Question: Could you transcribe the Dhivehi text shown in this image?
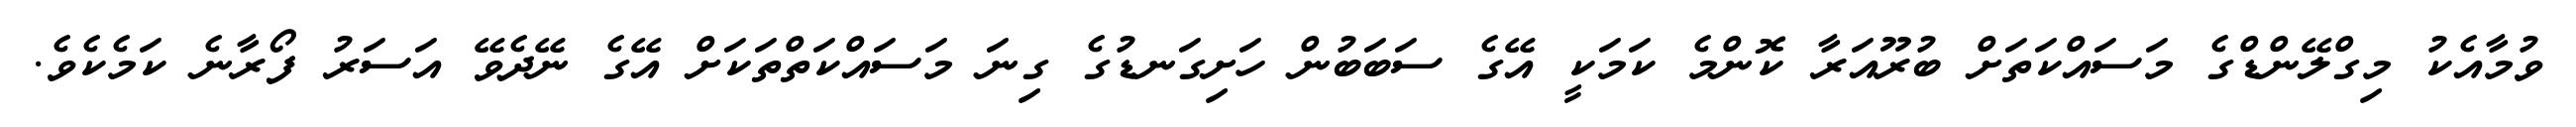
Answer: ވުމާއެކު މިގްލޭންޑްގެ މަސައްކަތަށް ބުރޫއަރާ ކޮންމެ ކަމަކީ އޭގެ ސަބަބުން ހަށިގަނޑުގެ ގިނަ މަސައްކަތްތަކަށް އޭގެ ނޭދެވޭ އަސަރު ފޯރާނެ ކަމެކެވެ.